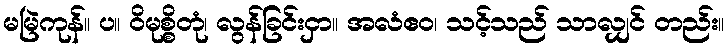
မမြဲကုန်။ ပ။ ဝိမုစ္စိတုံ၊ လွန်ခြင်းငှာ။ အလံဧဝ၊ သင့်သည် သာလျှင် တည်း။